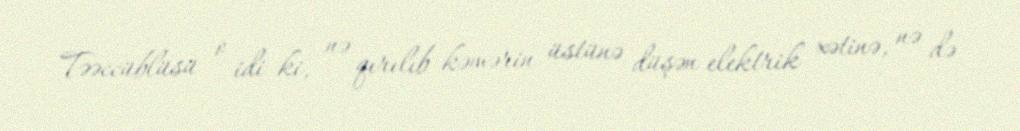
Təəccüblüsü o idi ki, nə qırılıb kəmərin üstünə düşən elektrik xətinə, nə də